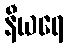
နီယရေ